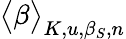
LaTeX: \big<\beta\big>_{K,u,\beta_{S},n}